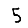
Digit: 5